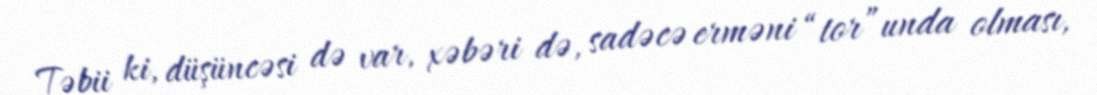
Təbii ki, düşüncəsi də var, xəbəri də, sadəcə erməni “tor”unda olması,